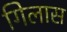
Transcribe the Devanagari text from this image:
गिलास